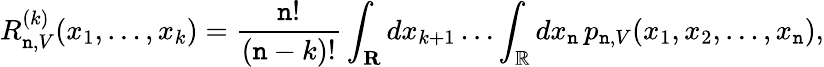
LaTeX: R_{\mathtt{n},V}^{(k)}(x_{1},\dots,x_{k})={\frac{{\mathtt{n}!}}{{(\mathtt{n}-k)!}}}\int_{\mathbf{{R}}}dx_{k+1}\dots\int_{\mathbb{{R}}}dx_{\mathtt{n}}\, p_{\mathtt{n},V}(x_{1},x_{2},\dots,x_{\mathtt{n}}),